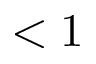
< 1